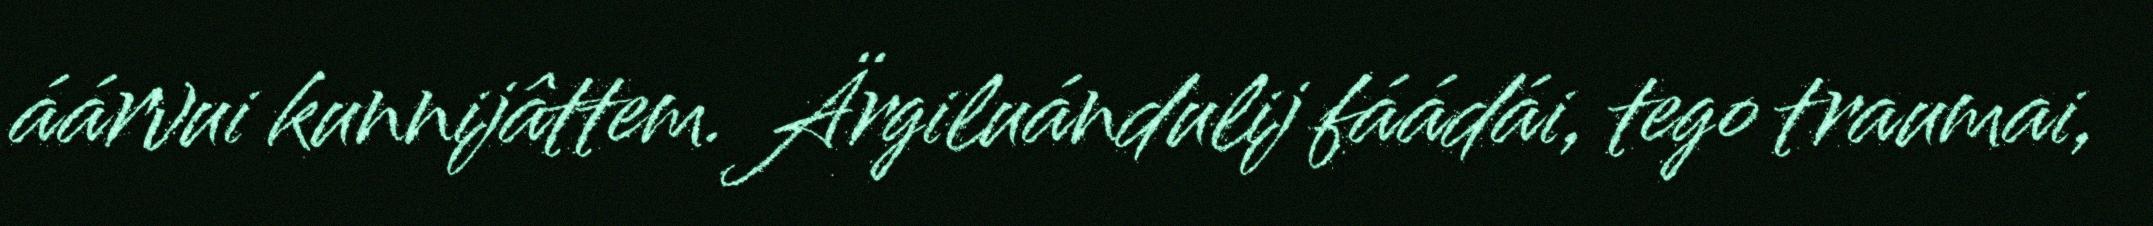
áárvui kunnijâttem. Ärgiluándulij fáádái, tego traumai,